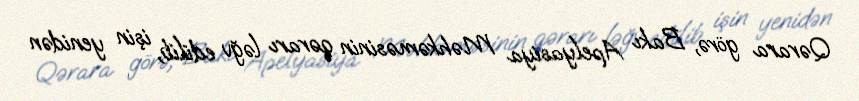
Qərara görə, Bakı Apelyasiya Məhkəməsinin qərarı ləğv edilib, işin yenidən